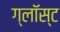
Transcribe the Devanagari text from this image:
ग्लॉस्ट